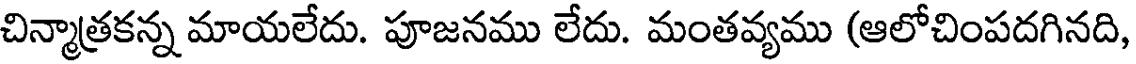
చిన్మాతకన్న మాయలేదు. పూజనము లేదు. మంతవ్యము (ఆలోచింపదగినది,